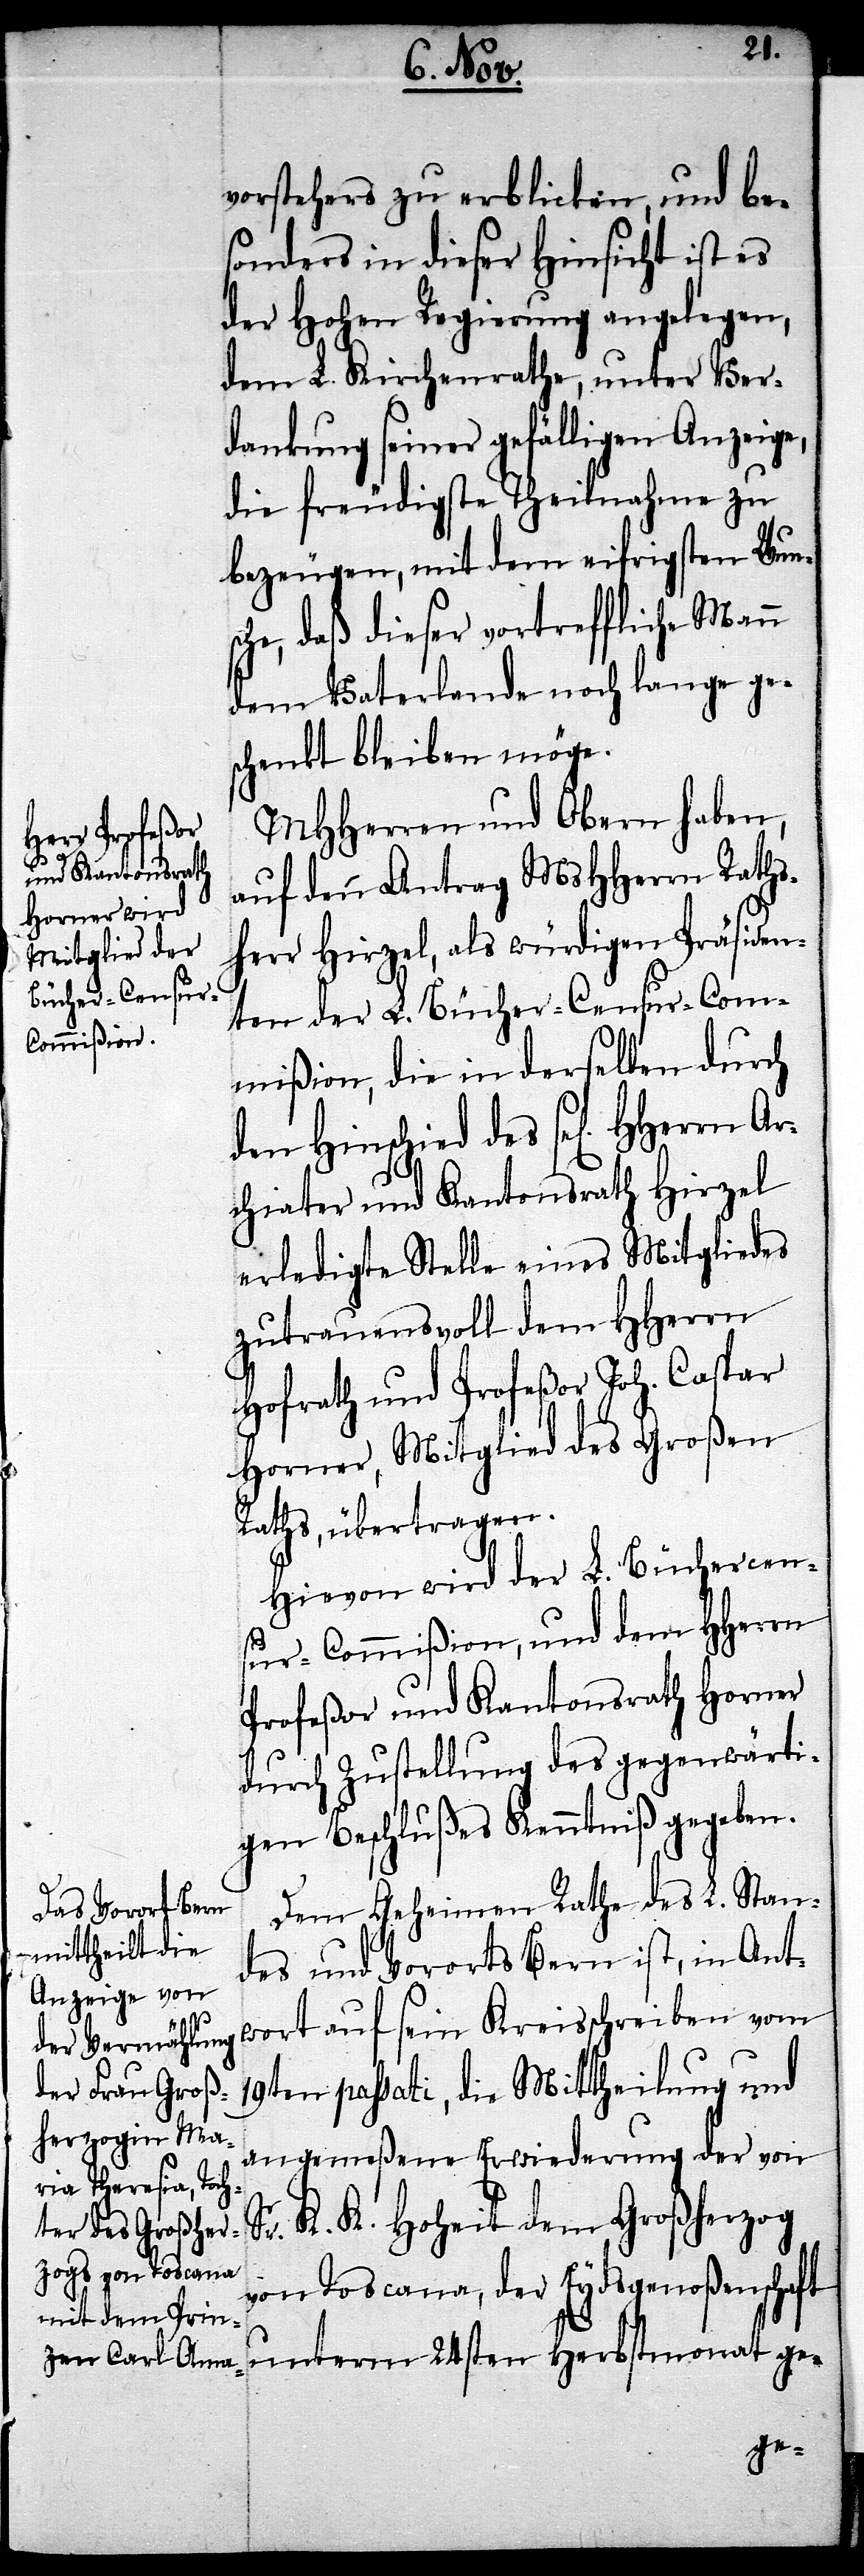
Herrn Ar¬

vorstehers zu erblicken, und be¬
sonders in dieser Hinsicht ist es
der Hohen Regierung angelegen,
dem L. Kirchenrathe, unter Ver¬
dankung seiner gefälligen Anzeige,
die freudigste Theilnahme zu
bezeugen, mit dem eifrigsten Wuns¬
che, daß dieser vortreffliche Mann
dem Vaterlande noch lange ges¬
chenkt bleiben möge.
MHHerren und Obern haben,
auf den Antrag MsHHerrn Raths¬
herr Hirzel, als würdigen Präsiden¬
ten der L. Bücher-Censur-Com¬
mißion, die in derselben durch
den Hinschied des sel[igen] H¬
chiater und Kantonsrath Hirzel
erledigte Stelle eines Mitgliedes
zutrauensvoll dem HHerr
Hofrath und Profeßor Joh. Caspar
Horner, Mitglied des Großen
Raths übertragen.
Hievon wird der L. Büchercen¬
sur-Commißion, und dem HHerrn
Profeßor und Kantonsrath Horner
durch Zustellung des gegenwärti¬
gen Beschlußes Kenntniß gegeben.
Dem Geheimen Rath des L. Stan¬
des und Vororts Bern ist, in Ant¬
wort auf sein Kreisschreiben vom
19ten passati, die Mittheilung und
angemeßene Erwiederung der von
Sr. K. K. Hoheit dem Großherzog
von Toscana, der Eydsgenoßenschaft
unterm 24sten Herbstmonat ge-